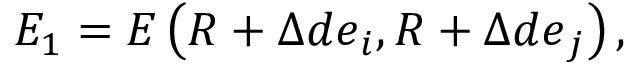
E _ { 1 } = E \left( \boldsymbol { R } + \Delta d \boldsymbol { e } _ { i } , \boldsymbol { R } + \Delta d \boldsymbol { e } _ { j } \right) ,